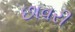
છાવરી